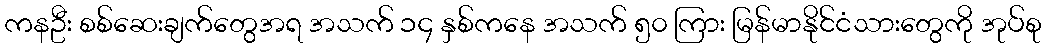
ကနဦး စစ်ဆေးချက်တွေအရ အသက် ၁၄ နှစ်ကနေ အသက် ၅၀ ကြား မြန်မာနိုင်ငံသားတွေကို အုပ်စု